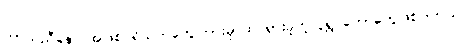
ဟာသညီနောင်အဖြစ်ပရိသတ်တွေကြားမှာထင်ရှားခဲ့တဲ့လူရွှင်တော်တွေဖြစ်ပါတယ်။